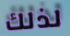
لذلك